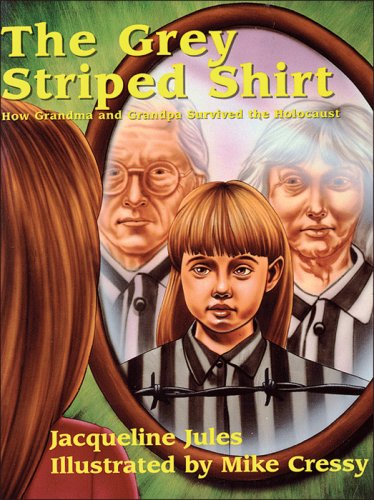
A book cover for The Grey Striped Shirt: How Grandma and Grandpa Survived the Holocaust; Jacqueline Jules; Children's Books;